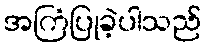
အကြံပြုခဲ့ပါသည်